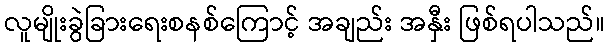
လူမျိုးခွဲခြားရေးစနစ်ကြောင့် အချည်း အနှီး ဖြစ်ရပါသည်။